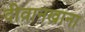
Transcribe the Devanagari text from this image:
दीवानखाना